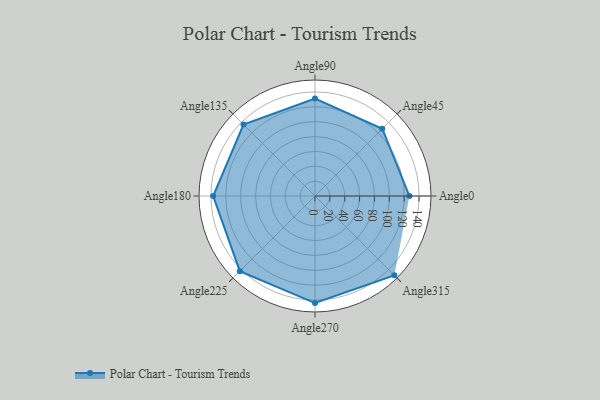
{"axis": {"x": "Angle", "y": "Radius"}, "legend": [""], "data": [{"x": "Angle0", "y": 127.0, "type": ""}, {"x": "Angle45", "y": 128.0, "type": ""}, {"x": "Angle90", "y": 131.0, "type": ""}, {"x": "Angle135", "y": 136.0, "type": ""}, {"x": "Angle180", "y": 137.0, "type": ""}, {"x": "Angle225", "y": 143.0, "type": ""}, {"x": "Angle270", "y": 144.0, "type": ""}, {"x": "Angle315", "y": 151.0, "type": ""}]}